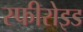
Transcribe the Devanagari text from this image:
स्फीरोइड